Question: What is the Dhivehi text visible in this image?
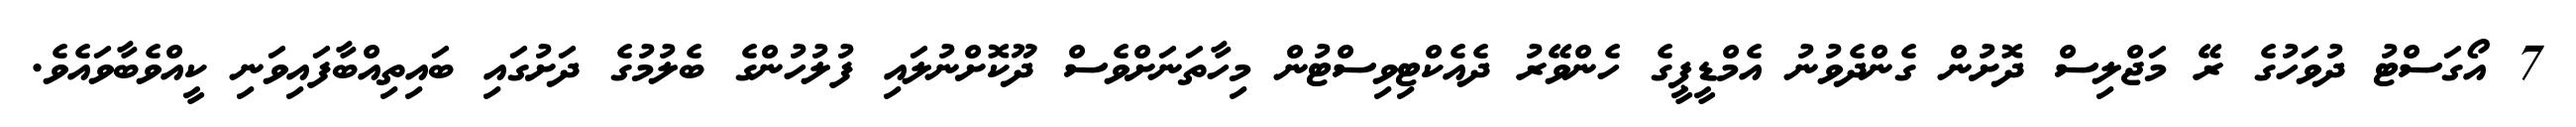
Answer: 7 އޯގަސްޓު ދުވަހުގެ ރޭ މަޖްލިސް ދޮށުން ގެންދެވުނު އެމްޑީޕީގެ ހެންވޭރު ދެއެކްޓިވިސްޓުން މިހާތަނަށްވެސް ދޫކޮށްނުލައި ފުލުހުންގެ ބެލުމުގެ ދަށުގައި ބައިތިއްބާފައިވަނި ކީއްވެބާވައެވެ.